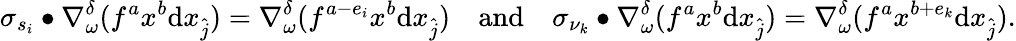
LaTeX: \sigma_{s_{i}}\bullet\nabla_{\omega}^{\delta}(f^{a}x^{b}\mathrm{d}x_{\widehat{j}})=\nabla_{\omega}^{\delta}(f^{a-e_{i}}x^{b}\mathrm{d}x_{\widehat{j}})\quad\mathrm{and}\quad\sigma_{\nu_{k}}\bullet\nabla_{\omega}^{\delta}(f^{a}x^{b}\mathrm{d}x_{\widehat{j}})=\nabla_{\omega}^{\delta}(f^{a}x^{b+e_{k}}\mathrm{d}x_{\widehat{j}}).